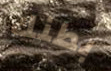
بطنك